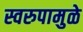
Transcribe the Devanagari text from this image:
स्वरुपामुळे